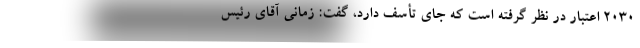
۲۰۳۰ اعتبار در نظر گرفته است که جای تأسف دارد، گفت: زمانی آقای رئیس